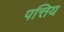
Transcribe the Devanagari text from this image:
पत्तिय